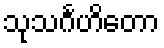
သုသင်္ဂဟိတော